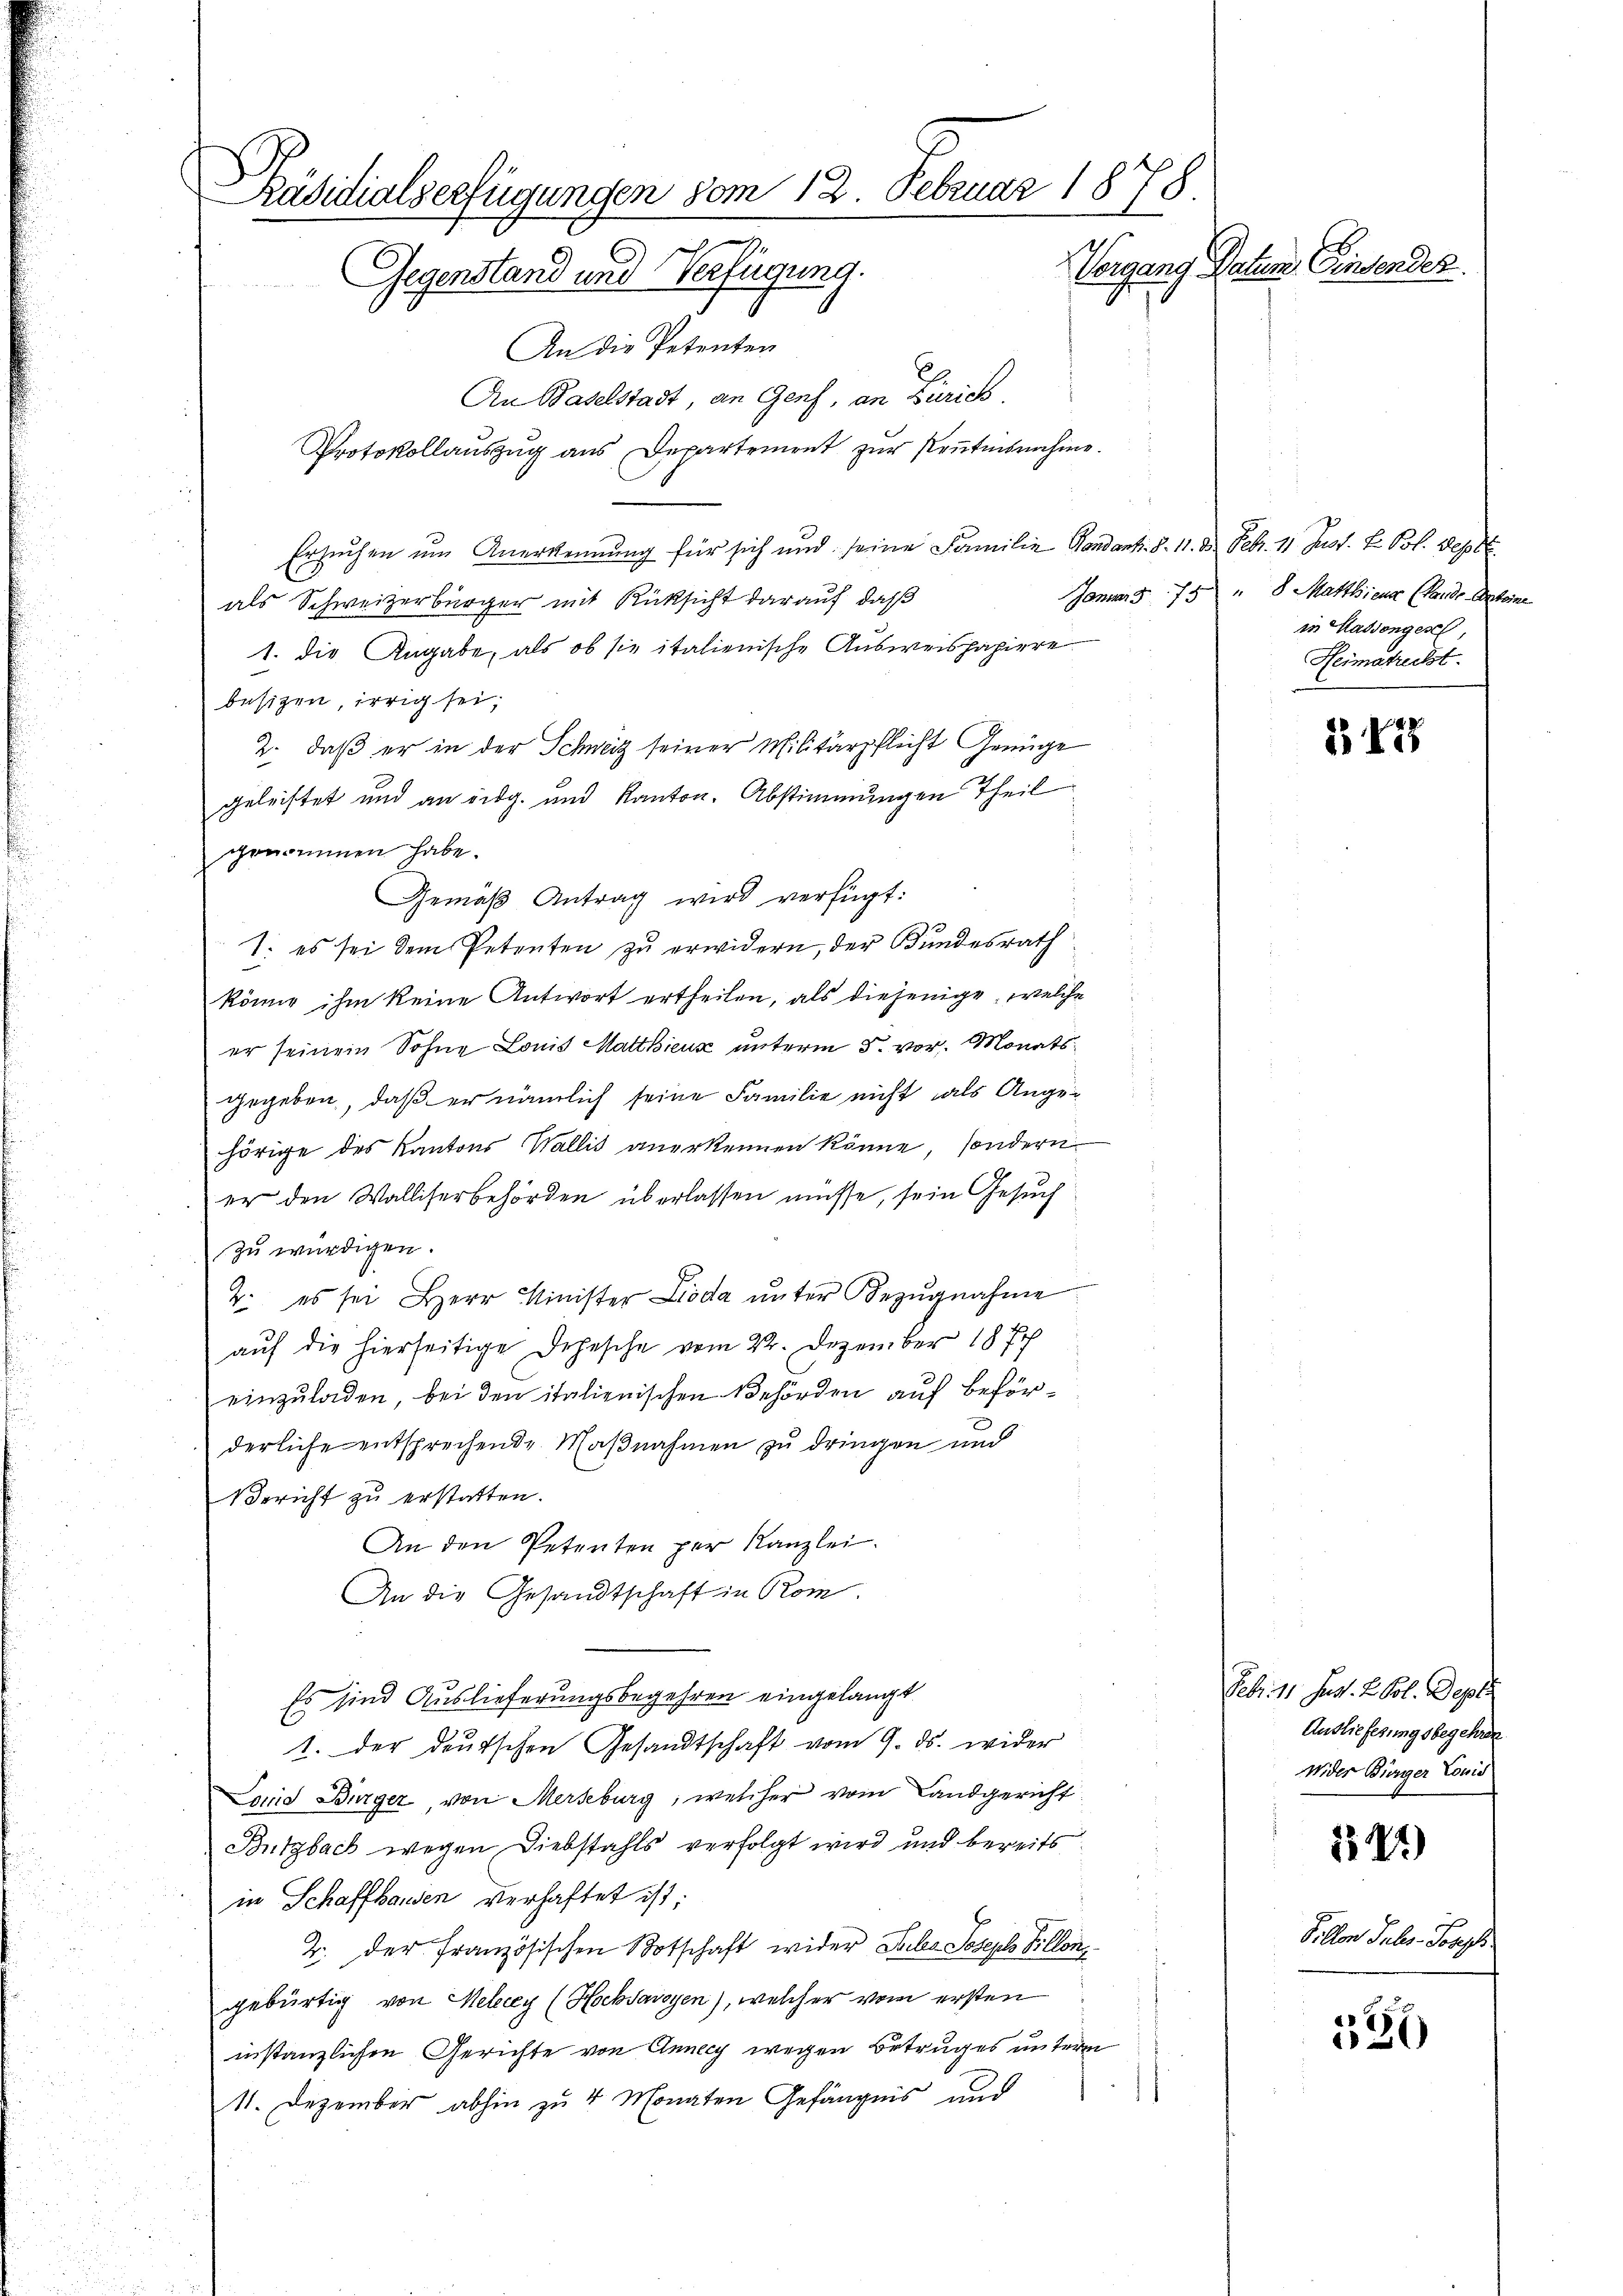
Päsidialverfügungen vom 12. Februar 1878.
Vergang Datum Einsender.
Gegenstand und Verfügung.
An die Petenten

An Baselstadt, an Genf, an Zürich
Protokollauszug aus Departement zur Rentesnahme.
Ersuchen um Anerkennung für sich und seine Familie Gendank. §. 11. d. Febr. 11. Just. E. Pol. Sept.
als Schweizerbürger mit Rücksicht darauf, daß
1. die Angabe, als ob sie italienische Ausweispapiere
besizen, irrig sei;
2. daß er in der Schweiz seiner Militärpflicht Genüge
geleistet und an eidg. und Kanton. Abstimmungen Theil
genommen habe.
Gemäß Antrag wird verfügt:
3
1. es sei dem Petenten zu erwidern, der Bundesrath
könne ihm keine Antwort ertheilen, als diejenige, welche
er seinem Sohne Louis Matthieux unterm 5. vor. Monatsgegeben, daß er nämlich seine Familie nicht als Angehörige des Kantons Wallis anerkennen könne, sondern
er den Walliserbehörden überlassen müsse, sein Gesuch
zu würdigen.
2. es sei Herr Minister Lioda ŭnter Bezŭgnahme
auf die hierseitige Depesche vom 22. Dezember 187
einzŭladen, bei den italienischen Behörden auf Beförderliche entsprechende Maßnahmen zu dringen und
Vericht zu erstatten.
An den Petenten per Kanzlei.
An die Gesandtschaft in Rom
Es sind Auslieferungsbegehren eingelangt
1. der deutschen Gesandtschaft vom 9. ds. wider
Land Bürger, von Merseburg, welcher vom Landgericht
Butzbach wegen Diebstahls verfolgt wird und bereits
in Schaffhausen verhaftet ist;
2. der Französischen Botschaft wider Puls Joseph Pillon
gebürtig von Meley (Hochsavoyen), welcher vom ersten
instanzlichen Gerichte von Anny wegen Betruges unterm
11. Dezember abhin zu 4 Monaten Gefängnis und

Januar 375 " 8 Mattlsicus (Lande Antoine
in Haddongesc
Heimatreckt.

342

Febr. 11. Jur. L. Col. Dep
Auslieferungsbegehren.
Wider Bürger Louis

12)

Pillon Tuber- Joseph

336